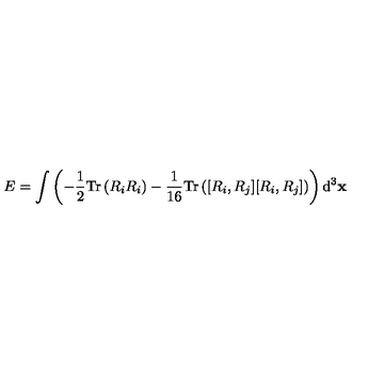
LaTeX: E = \int \left( - \frac { 1 } { 2 } \mathrm { T r } \left( R _ { i } R _ { i } \right) - \frac { 1 } { 1 6 } \mathrm { T r } \left( [ R _ { i } , R _ { j } ] [ R _ { i } , R _ { j } ] \right) \right) \mathrm { d } ^ { 3 } { \bf x }